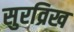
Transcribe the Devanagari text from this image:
सुरव्रिख